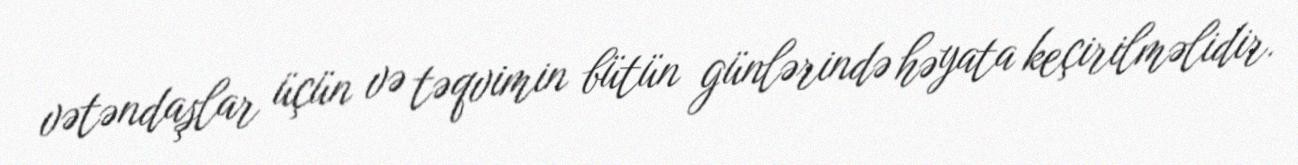
vətəndaşlar üçün və təqvimin bütün günlərində həyata keçirilməlidir.